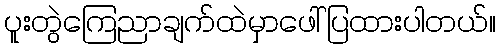
ပူးတွဲကြေညာချက်ထဲမှာဖေါ်ပြထားပါတယ်။